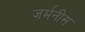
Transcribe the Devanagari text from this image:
जर्मनीस